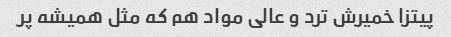
پیتزا خمیرش ترد و عالی مواد هم که مثل همیشه پر